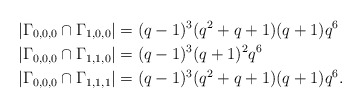
\begin{align*}&|\Gamma_{0,0,0}\cap\Gamma_{1,0,0}|=(q-1)^3(q^2+q+1)(q+1)q^6\\&|\Gamma_{0,0,0}\cap\Gamma_{1,1,0}|=(q-1)^3(q+1)^2q^6\\&|\Gamma_{0,0,0}\cap\Gamma_{1,1,1}|=(q-1)^3(q^2+q+1)(q+1)q^6.\end{align*}